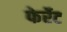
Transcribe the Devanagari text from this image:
फेर्रेट